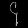
Digit: ၄